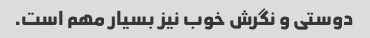
دوستی و نگرش خوب نیز بسیار مهم است.